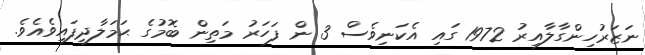
ނަޒަރުހިންގާލާއިރު 1972 ގައި އެކަނިވެސް 3 ން ފަހަރު މަތިން ބޮމުގެ ޙަމަލާދީފައިވެއެވެ.